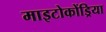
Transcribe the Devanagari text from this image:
माइटोकोंड्रिया